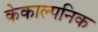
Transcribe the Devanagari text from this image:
केकाल्पनिक